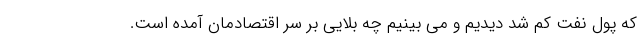
که پول نفت کم شد دیدیم و می بینیم چه بلایی بر سر اقتصادمان آمده است.